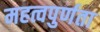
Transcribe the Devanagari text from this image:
महत्वपुर्णता